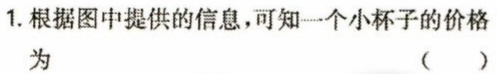
1.根据图中提供的信息，可知一个小杯子的价格

为 （  ）